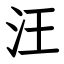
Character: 汪